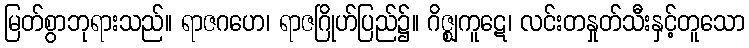
မြတ်စွာဘုရားသည်။ ရာဇဂဟေ၊ ရာဇဂြိုဟ်ပြည်၌။ ဂိဇ္ဈကူဋေ၊ လင်းတနှုတ်သီးနှင့်တူသော